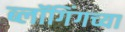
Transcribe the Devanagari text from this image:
ब्लॉगिंगच्या